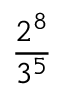
\frac { 2 ^ { 8 } } { 3 ^ { 5 } }